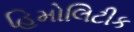
હિમોલિટીક